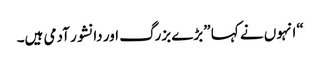
“انہوں نے کہا ”بڑے بزرگ اور دانشور آدمی ہیں۔